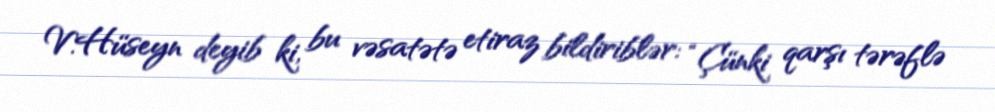
V.Hüseyn deyib ki, bu vəsatətə etiraz bildiriblər: “Çünki qarşı tərəflə